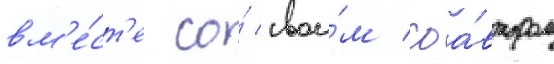
вм'е́ст'е со́ свои́м соа́втором